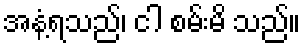
အနံ့ရသည်၊ ငါ စမ်းမိ သည်။